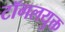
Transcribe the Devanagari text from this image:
टॉगलयुक्त